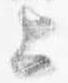
上